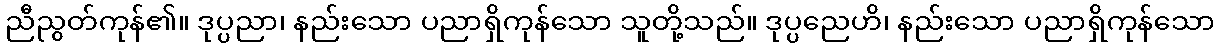
ညီညွတ်ကုန်၏။ ဒုပ္ပညာ၊ နည်းသော ပညာရှိကုန်သော သူတို့သည်။ ဒုပ္ပညေဟိ၊ နည်းသော ပညာရှိကုန်သော